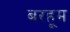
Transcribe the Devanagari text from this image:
बरहूम